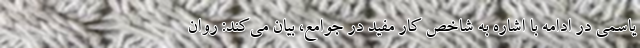
یاسمی در ادامه با اشاره به شاخص کار مفید در جوامع، بیان می‌کند: روان